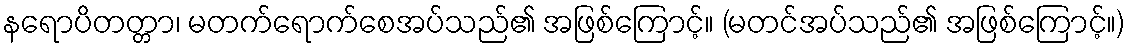
နရောပိတတ္တာ၊ မတက်ရောက်စေအပ်သည်၏ အဖြစ်ကြောင့်။ (မတင်အပ်သည်၏ အဖြစ်ကြောင့်။)